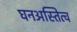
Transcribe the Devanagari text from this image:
घनअस्तित्व